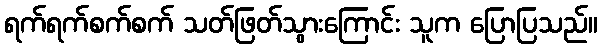
ရက်ရက်စက်စက် သတ်ဖြတ်သွားကြောင်း သူက ပြောပြသည်။